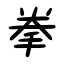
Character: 拳